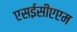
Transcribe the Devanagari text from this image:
एसईसीएएम